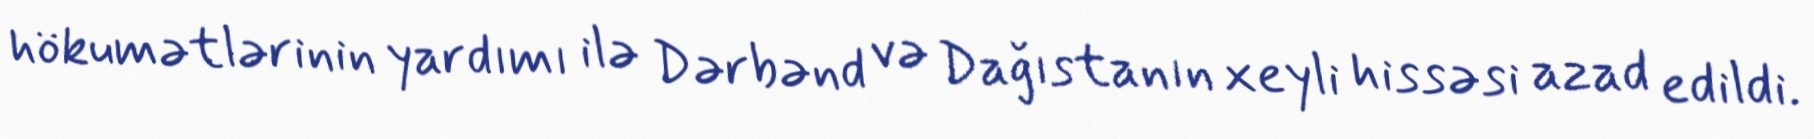
hökumətlərinin yardımı ilə Dərbənd və Dağıstanın xeyli hissəsi azad edildi.